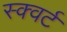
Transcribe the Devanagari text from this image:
स्क्वर्ट